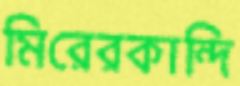
মিরেরকান্দি